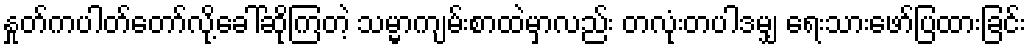
နှုတ်ကပါတ်တော်လို့ခေါ်ဆိုကြတဲ့ သမ္မာကျမ်းစာထဲမှာလည်း တလုံးတပါဒမျှ ရေးသားဖော်ပြထားခြင်း